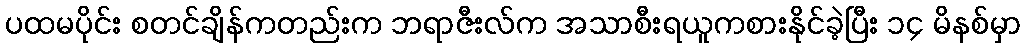
ပထမပိုင်း စတင်ချိန်ကတည်းက ဘရာဇီးလ်က အသာစီးရယူကစားနိုင်ခဲ့ပြီး ၁၄ မိနစ်မှာ